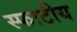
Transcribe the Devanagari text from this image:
स्फाटीय